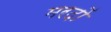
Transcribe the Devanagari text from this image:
मरदों